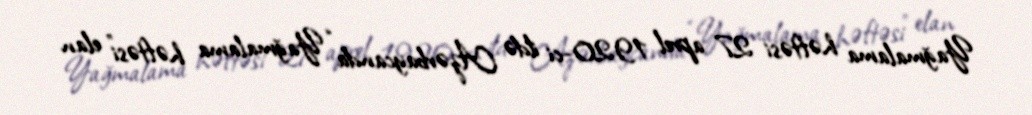
Yağmalama həftəsi 27 aprel 1920-ci ildə Azərbaycanda “Yağmalama həftəsi” elan